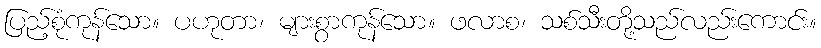
ပြည့်စုံကုန်သော။ ပဟုတာ၊ များစွာကုန်သော။ ဖလာစ၊ သစ်သီးတို့သည်လည်းကောင်း။